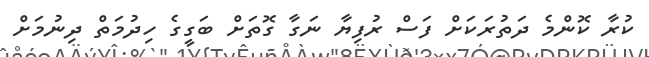
ކުރާ ކޮންމެ ދަތުރަކަށް ފަސް ރުފިޔާ ނަގާ ގޮތަށް ބަގީގެ ހިދުމަތް ދިނުމަށް